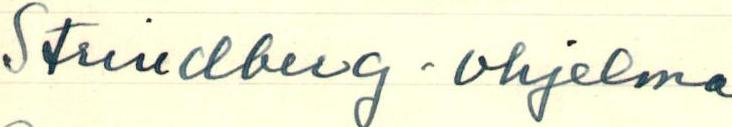
Strindberg -ohjelma